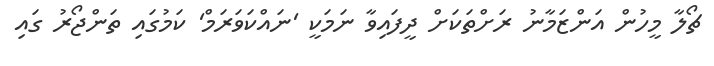
ޗޯލާ މީހުން އަންޒަމާނު ރަށްތަކަށް ދީފައިވާ ނަމަކީ 'ނައްކަވަރަމް' ކަމުގައި ތަންޖޯރު ގައި